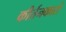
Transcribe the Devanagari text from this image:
कीर्तनकारों